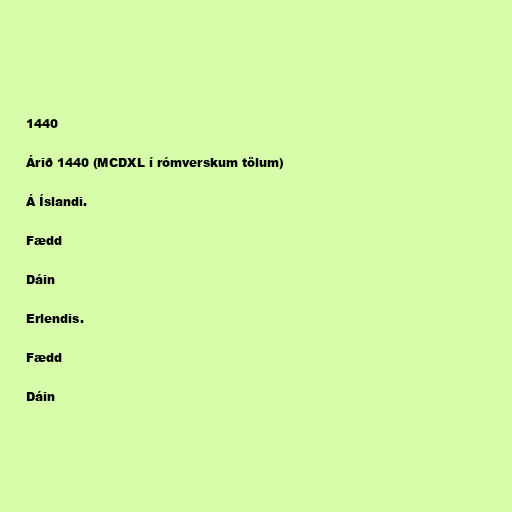
1440

Árið 1440 (MCDXL í rómverskum tölum)

Á Íslandi.

Fædd

Dáin

Erlendis.

Fædd

Dáin